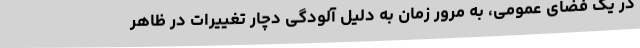
در یک فضای عمومی، به مرور زمان به دلیل آلودگی دچار تغییرات در ظاهر